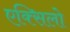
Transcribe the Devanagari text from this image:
एक्सिलो